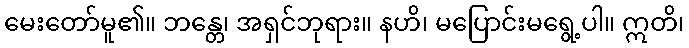
မေးတော်မူ၏။ ဘန္တေ၊ အရှင်ဘုရား။ နဟိ၊ မပြောင်းမရွေ့ပါ။ ဣတိ၊